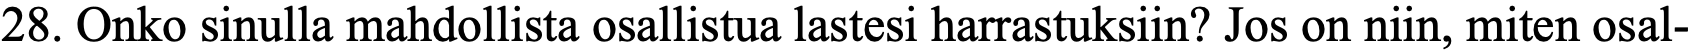
28. Onko sinulla mahdollista osallistua lastesi harrastuksiin? Jos on niin, miten osal-